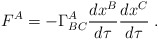
\begin{align*}F^A=-\Gamma _{BC}^A\frac{dx^B}{d\tau }\frac{dx^C}{d\tau }\;. \end{align*}